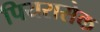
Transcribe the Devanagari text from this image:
पियरासेक